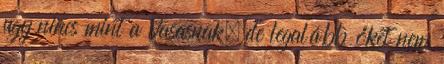
ugy nincs mint a Vasasnak, de legalább őket nem